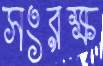
সংরক্ষ